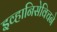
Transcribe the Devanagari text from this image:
इव्हानिसेविचने